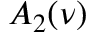
A _ { 2 } ( \nu )